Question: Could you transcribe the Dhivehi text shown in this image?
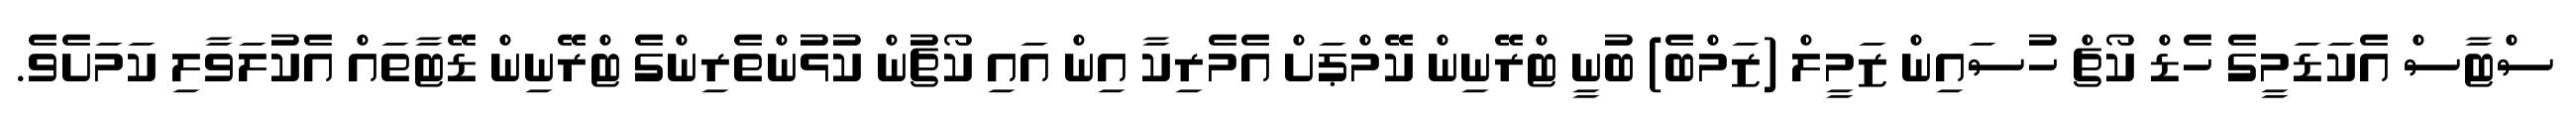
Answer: ސްޓާސް އެކަޑަމީގެ ހެޑް ކޯޗް ހުސައިން ޒަމީލް (ޒަމްބެ) ބުނީ ޓްރޭނިން ކޭމްޕަށް އެމެރިކާ އިން އައި ކޯޗުން ކުޅުންތެރިންގެ ޓްރޭނިން ޑޭޓާތައް އެކުލަވާލި ކަމަށެވެ.